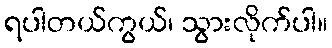
ရပါတယ်ကွယ်၊ သွားလိုက်ပါ။